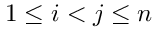
1 \leq i < j \leq n